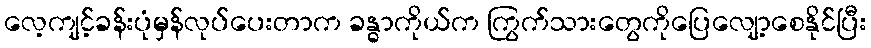
လေ့ကျင့်ခန်းပုံမှန်လုပ်ပေးတာက ခန္ဓာကိုယ်က ကြွက်သားတွေကိုပြေလျော့စေနိုင်ပြီး